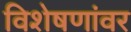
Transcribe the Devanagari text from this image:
विशेषणांवर